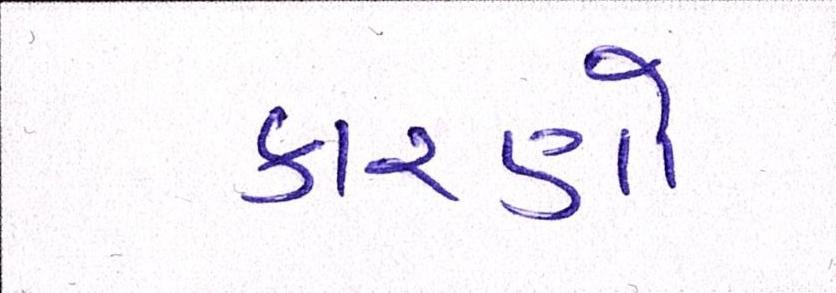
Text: કારણો